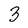
Character: 3